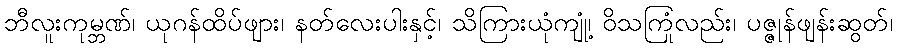
ဘီလူးကုမ္ဘဏ်၊ ယုဂန်ထိပ်ဖျား၊ နတ်လေးပါးနှင့်၊ သိကြားယုံကျုံ့၊ ဝိသကြုံလည်း၊ ပဇ္ဇုန်ဖျန်းဆွတ်၊